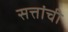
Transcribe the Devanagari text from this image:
सत्तांची